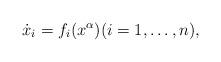
LaTeX: \begin{align*}\dot{x}_i = f_i(x^\alpha) (i = 1, \ldots, n),\end{align*}